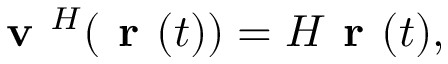
\textbf { v } ^ { H } ( \textbf { r } ( t ) ) = H \textbf { r } ( t ) ,